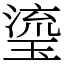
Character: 瑬